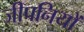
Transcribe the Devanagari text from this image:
जीपनियों